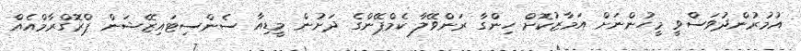
އުމުރުންދުވަސްވީ މީހުންނަށް އަމާޒުކޮށް ހިންގާ ރަންވޭލާ ކެމްޕޭންގެ ދަށުން މީޑިއާ ސެންސިޓައިޒޭޝަން ޕްރޮގްރާމްއެއް